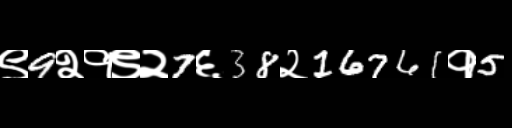
Text: ९9२१९२7६38२16761१5